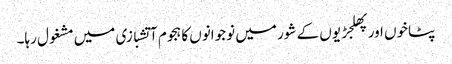
پٹاخوں اور پھلجڑیوں کے شور میں نوجوانوں کا ہجوم آتشبازی میں مشغول رہا۔